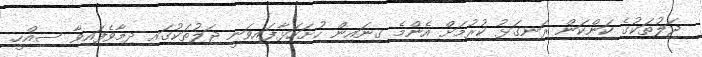
ޖަލުތަކުގެ ކަންކަން ރަނގަޅު ކުރުމަށް އެންމެ ގިނައިން ހުށަހަޅާފައިވަނީ ޖަލުތަކުގައި ދިމާވެފައިވާ ސިއްހީ